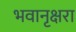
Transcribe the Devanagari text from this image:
भवानृक्षरा